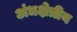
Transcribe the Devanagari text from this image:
अंधक्षेत्रीय